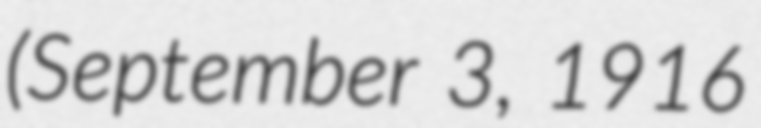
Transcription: (September 3, 1916